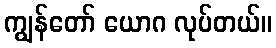
ကျွန်တော် ယောဂ လုပ်တယ်။